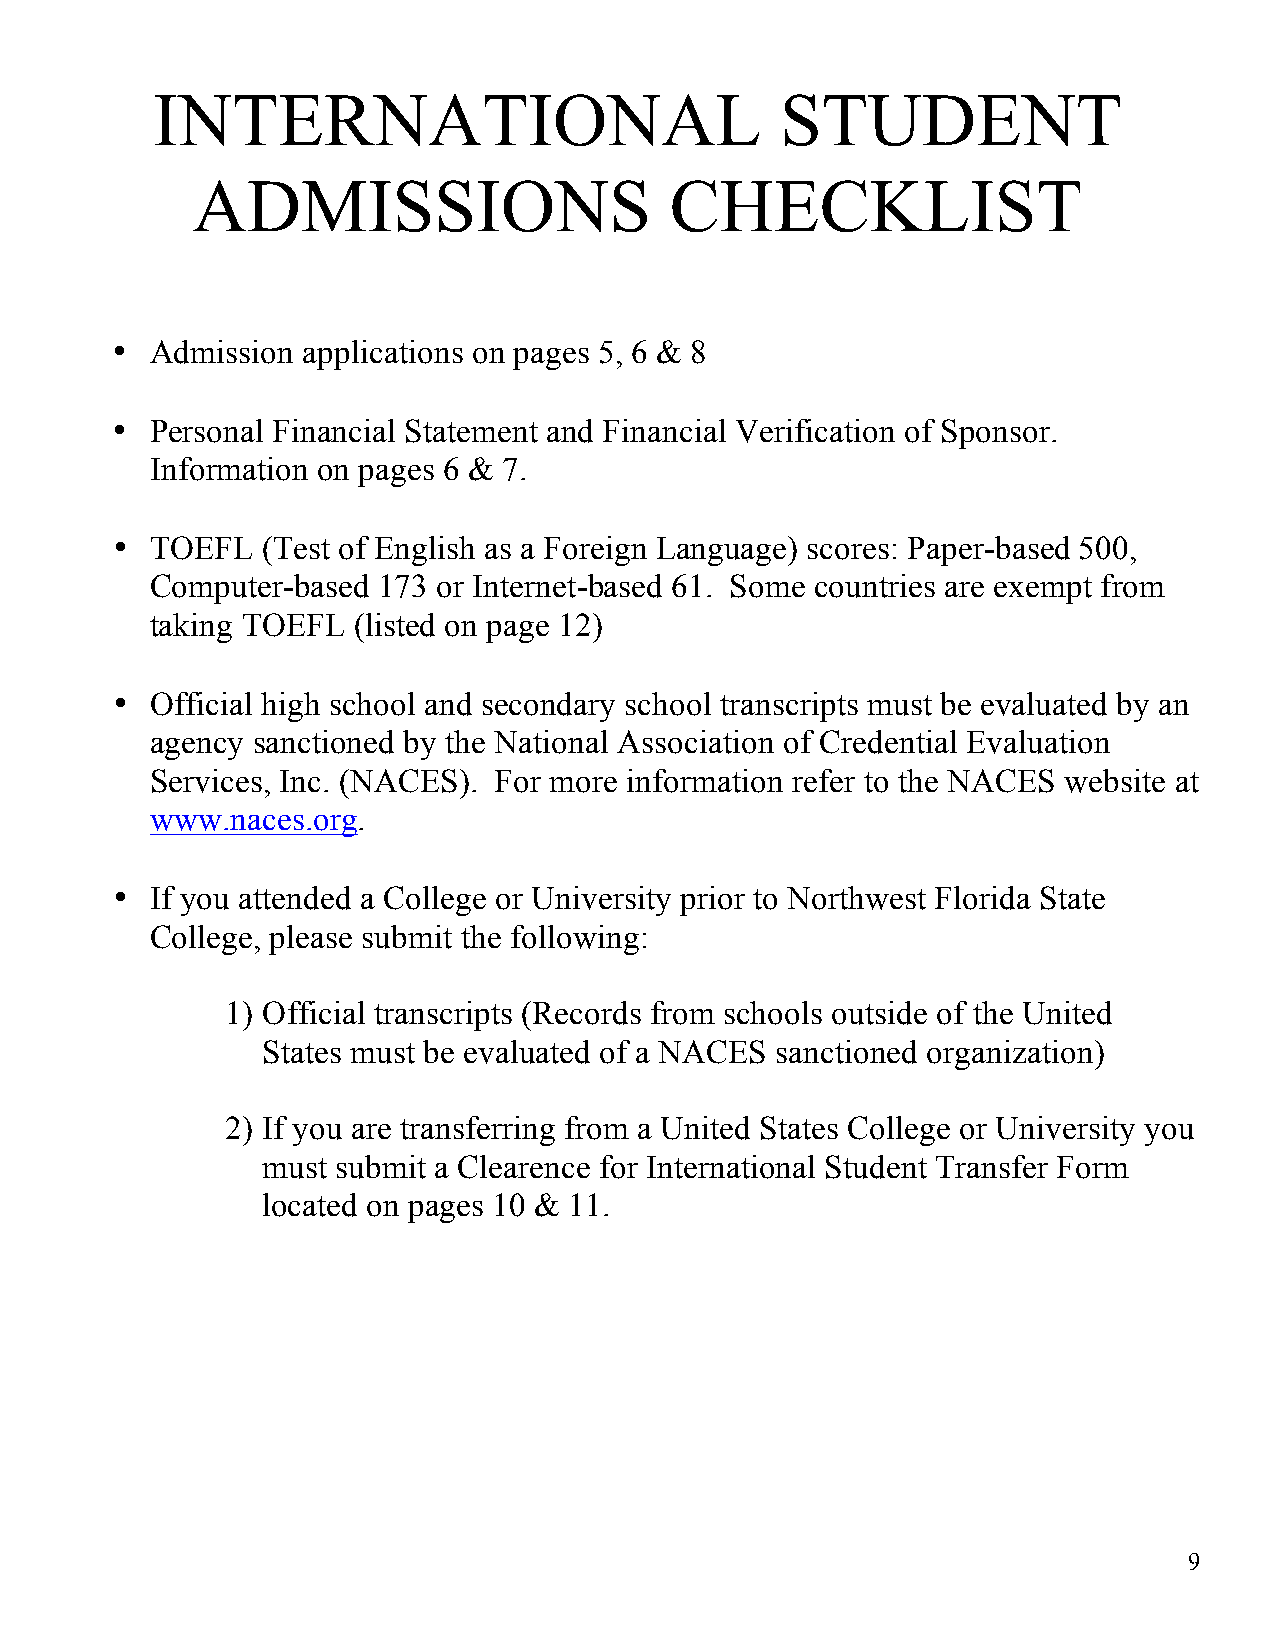
INTERNATIONAL                             STUDENT
 ADMISSIONS                     CHECKLIST
 •  Admission applications on pages 5, 6 & 8
 •  Personal Financial Statement and Financial Verification of Sponsor.
 Information on pages 6 & 7.
 •  TOEFL  (Test of English as a Foreign Language) scores: Paper-based 500,
 Computer-based 173 or Internet-based 61. Some countries are exempt from
 taking TOEFL (listed on page 12)
 •  Official high school and secondary school transcripts must be evaluated by an
 agency sanctioned by the National Association of Credential Evaluation
 Services, Inc. (NACES). For more information refer to the NACES website at
 www.naces.org.
 •  If you attended a College or University prior to Northwest Florida State
 College, please submit the following:
 1) Official transcripts (Records from schools outside of the United
 States must be evaluated of a NACES sanctioned organization)
 2) If you are transferring from a United States College or University you
 must submit a Clearence for International Student Transfer Form
 located on pages 10 & 11.
 9